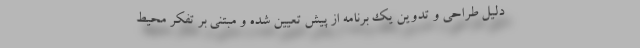
دلیل طراحی و تدوین یک برنامه از پیش تعیین شده و مبتنی بر تفکر محیط